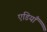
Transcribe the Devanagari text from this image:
एडियाँ